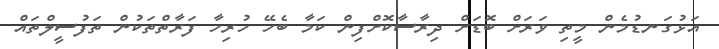
އަޅުގަނޑުމެން މީތި ވަރަށް ބޮޑަށް ދިރާސާކޮށްފިން ކަމާ ބެހޭ ހުރިހާ ފަރާތްތަކުން ތަފުސީލްތައް